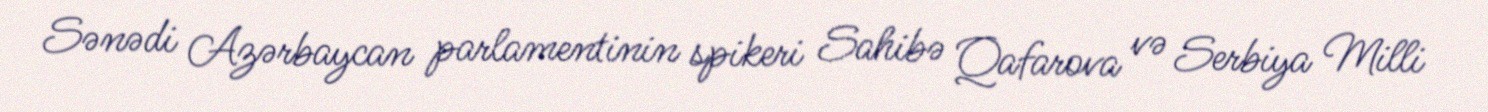
Sənədi Azərbaycan parlamentinin spikeri Sahibə Qafarova və Serbiya Milli